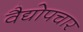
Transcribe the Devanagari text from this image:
वैद्योपचार